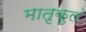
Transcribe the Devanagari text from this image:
मातृकुलं